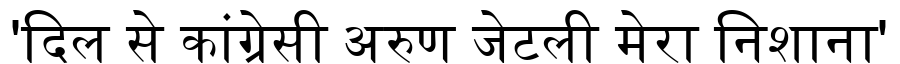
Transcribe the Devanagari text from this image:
'दिल से कांग्रेसी अरुण जेटली मेरा निशाना'